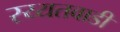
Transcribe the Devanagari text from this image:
रय्यतवाडी